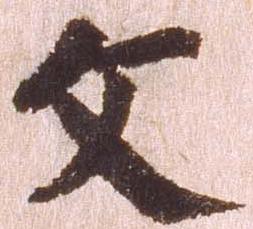
文